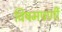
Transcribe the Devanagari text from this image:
विषमपर्णी